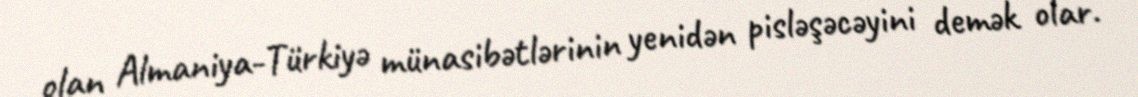
olan Almaniya-Türkiyə münasibətlərinin yenidən pisləşəcəyini demək olar.